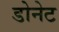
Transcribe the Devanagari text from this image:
डोनेट